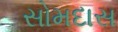
સોમદાસ